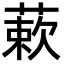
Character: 蔌